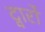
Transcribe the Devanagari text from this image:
द्वार्रों